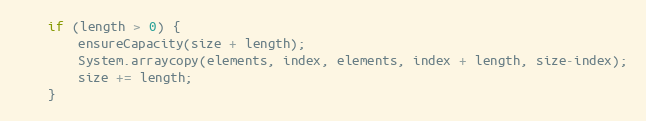
Language: Java
	if (length > 0) {
		ensureCapacity(size + length);
	    System.arraycopy(elements, index, elements, index + length, size-index);
		size += length;
	}